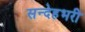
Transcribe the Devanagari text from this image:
सन्देहभरी